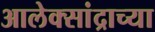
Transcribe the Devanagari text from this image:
आलेक्सांद्राच्या